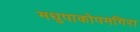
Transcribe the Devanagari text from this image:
मधुपाकोपमगिरा